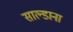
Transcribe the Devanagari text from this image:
साल्डाना